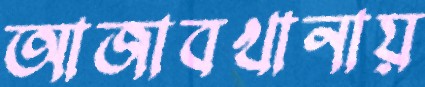
আজাবখানায়